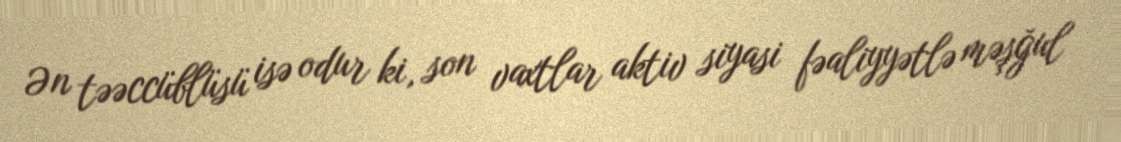
Ən təəccüblüsü isə odur ki, son vaxtlar aktiv siyasi fəaliyyətlə məşğul